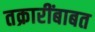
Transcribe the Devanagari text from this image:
तक्रारींबाबत